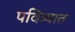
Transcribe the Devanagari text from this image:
पवित्र्यात